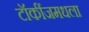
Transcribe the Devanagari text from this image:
टॉकींजमधला